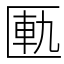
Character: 匭